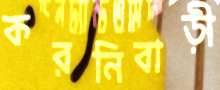
করনিবাড়ী